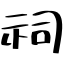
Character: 祠